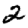
Digit: 2